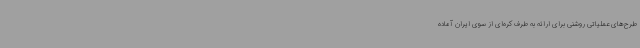
طرح‌های عملیاتی روشنی برای ارائه به طرف کره‌ای از سوی ایران آماده